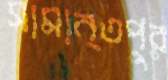
সামান্তপুর